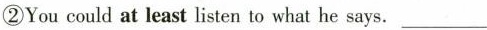
②You could at least listen to what he says.___